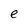
Character: e